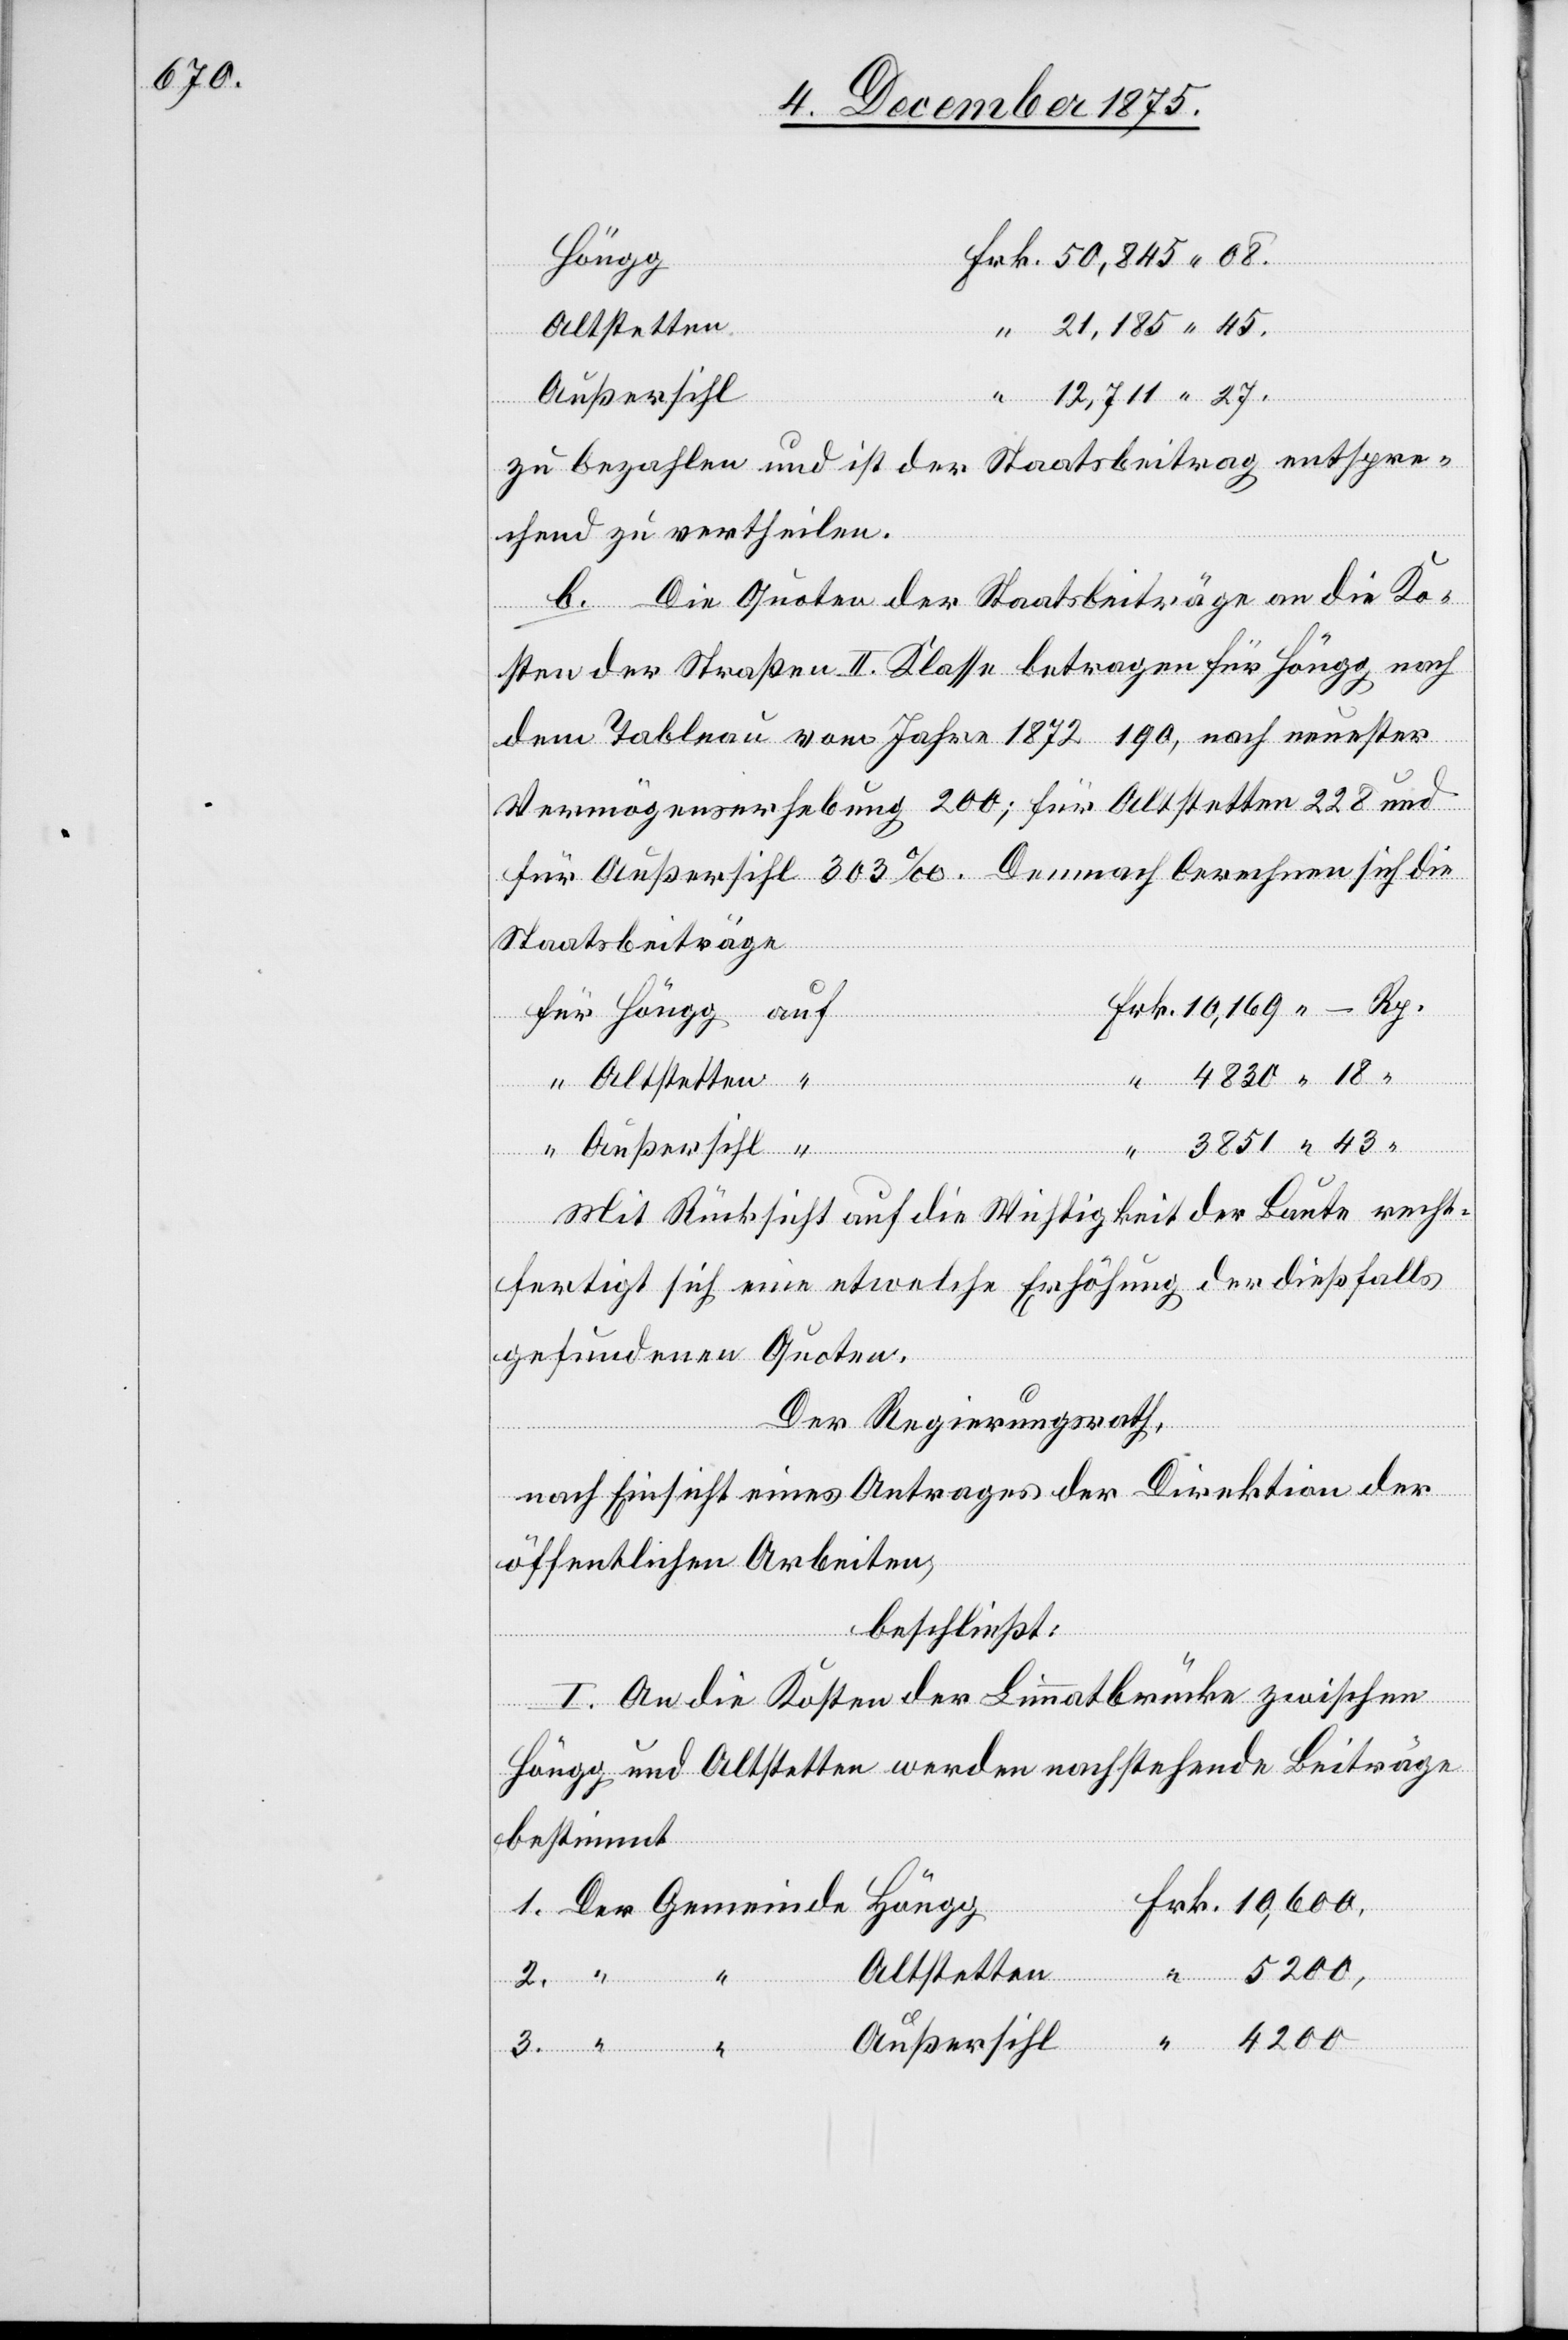
50,845 08.

Höngg
Außersihl
12,711 27.
zu bezahlen und ist der Staatsbeitrag entspre¬
chend zu vertheilen.
b. Die Quoten der Staatsbeiträge an die Ko¬
sten der Straßen II. Klasse betragen für Höngg nach
dem Tableau vom Jahre 1872 190, nach neuester
Vermögenserhebung 200; für Altstetten 228 und
für Außersihl 303‰. Demnach berechnen sich die
Staatsbeiträge
auf
3851 43
Mit Rücksicht auf die Wichtigkeit der Baute recht¬
fertigt sich eine etwelche Erhöhung der dießfalls
gefundenen Quoten.
Der Regierungsrath,
nach Einsicht eines Antrages der Direktion der
öffentlichen Arbeiten,
beschließt:
2.
I. An die Kosten der Limmatbrücke zwischen
Höngg und Altstetten werden nachstehende Beiträge
bestimmt[:]
Altstetten
Frk.
1.
Gemeinde